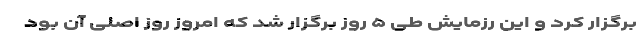
برگزار کرد و این رزمایش طی ۵ روز برگزار شد که امروز روز اصلی آن بود